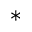
^ *